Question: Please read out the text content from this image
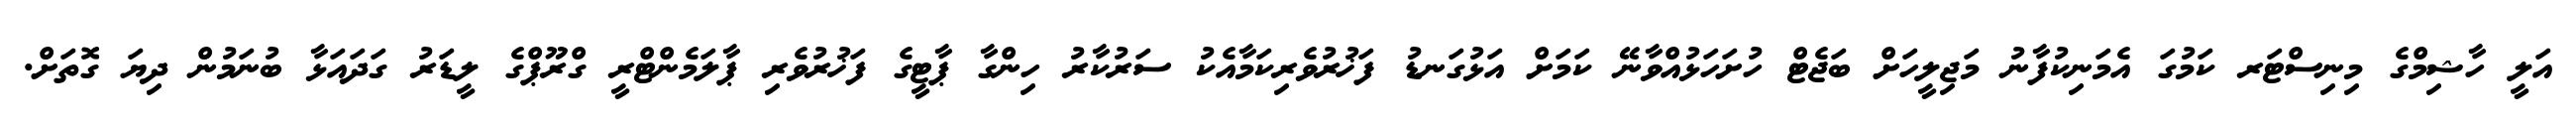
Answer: އަލީ ހާޝިމްގެ މިނިސްޓަރ ކަމުގަ އެމަނިކުފާނު މަޖިލީހަށް ބަޖެޓް ހުށަހަޅުއްވާނޭ ކަމަށް އަޅުގަނޑު ފަޚުރުވެރިކަމާއެކު ސަރުކާރު ހިންގާ ޕާޓީގެ ފަޚުރުވެރި ޕާލަމެންޓްރީ ގްރޫޕްގެ ލީޑަރު ގަދައަޅާ ބުނަމުން ދިޔަ ގޮތަށް.